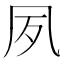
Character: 夙